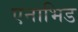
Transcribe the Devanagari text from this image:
एनाभिड